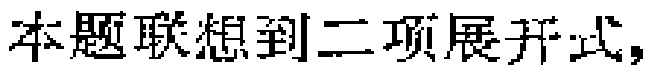
本题联想到二项展开式，